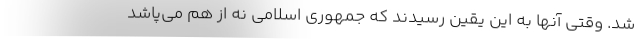
شد. وقتی آنها به این یقین رسیدند که جمهوری اسلامی نه از هم می‌پاشد